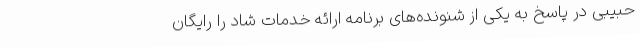
حبیبی در پاسخ به یکی از شنونده‌های برنامه ارائه خدمات شاد را رایگان